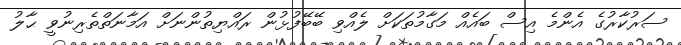
ސަރުކާރުގެ އެންމެ އިސް ބައެއް މަގާމުތަކަށް ލެއްވި ބޭބޭފުޅުން ރައްޔިތުންނަށް އަމާނަތްތެރިނުވީ ޙާލު